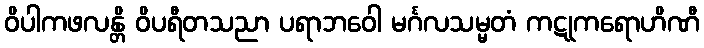
ဝိပါကဖလန္တိ ဝိပရီတသညာ ပရာဘဝေါ မင်္ဂလသမ္မတံ ကဋုကရောဟိဏီ